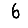
Digit: 6